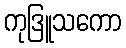
ကုဒြူသကော